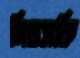
মিরসকি